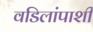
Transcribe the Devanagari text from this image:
वडिलांपाशी